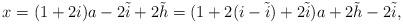
LaTeX: \begin{align*}x & = (1+2i) a - 2 \tilde{i} + 2 \tilde{h} = (1 +2 (i - \tilde{i}) + 2 \tilde{i}) a + 2 \tilde{h} - 2 \tilde{i},\end{align*}